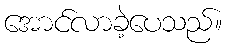
အောင်လာခဲ့ပေသည်။